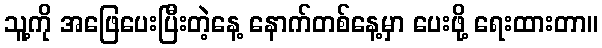
သူ့ကို အဖြေပေးပြီးတဲ့နေ့ နောက်တစ်နေ့မှာ ပေးဖို့ ရေးထားတာ။